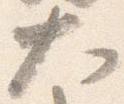
大